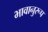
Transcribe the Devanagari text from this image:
भावानुरूप